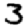
Digit: 3